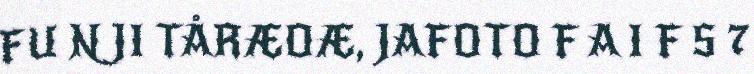
FU N JI TÅRÆOÆ, JAFOTO F A I F S 7